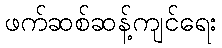
ဖက်ဆစ်ဆန့်ကျင်ရေး